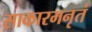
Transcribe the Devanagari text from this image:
साकारमनृतं